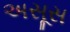
અસૂસ